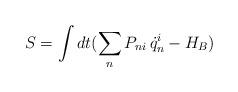
LaTeX: \begin{align*}S = \int dt (\sum_n P_{ni}\, \dot q_n^i -H_B)\end{align*}